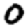
Digit: 0